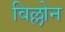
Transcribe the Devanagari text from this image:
विल्लोन